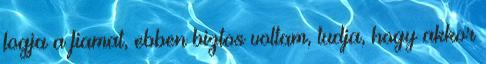
fogja a fiamat, ebben biztos voltam, tudja, hogy akkor